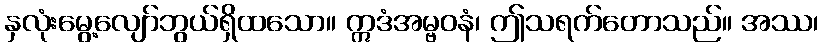
နှလုံးမွေ့လျော်ဘွယ်ရှိထသော။ ဣဒံအမ္ဗဝနံ၊ ဤသရက်တောသည်။ အဿ၊